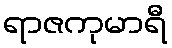
ရာဇကုမာရီ